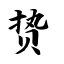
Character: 贽